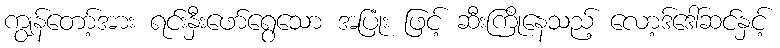
ကျွန်တော့်အား ရင်းနှီးဖော်ရွေသော အပြုံး ဖြင့် ဆီးကြိုနေသည့် လော့ဒ်ဒေါ်ဆင်နှင့်